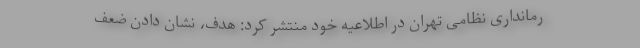
رمانداری نظامی تهران در اطلاعیه خود منتشر کرد: هدف، نشان دادن ضعف